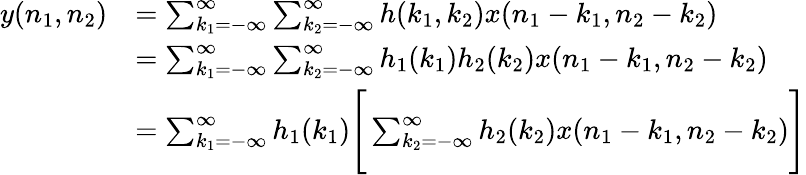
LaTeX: {\begin{array}{rl}{y(n_{1},n_{2})}&{=\sum_{k_{1}=-\infty}^{\infty}\sum_{k_{2}=-\infty}^{\infty}h(k_{1},k_{2})x(n_{1}-k_{1},n_{2}-k_{2})}\\ &{=\sum_{k_{1}=-\infty}^{\infty}\sum_{k_{2}=-\infty}^{\infty}h_{1}(k_{1})h_{2}(k_{2})x(n_{1}-k_{1},n_{2}-k_{2})}\\ &{=\sum_{k_{1}=-\infty}^{\infty}h_{1}(k_{1}){\Bigg[}\sum_{k_{2}=-\infty}^{\infty}h_{2}(k_{2})x(n_{1}-k_{1},n_{2}-k_{2}){\Bigg]}}\end{array}}